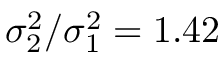
\sigma _ { 2 } ^ { 2 } / \sigma _ { 1 } ^ { 2 } = 1 . 4 2